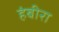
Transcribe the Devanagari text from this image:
हंबीरा